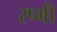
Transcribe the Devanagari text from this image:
रष्मी